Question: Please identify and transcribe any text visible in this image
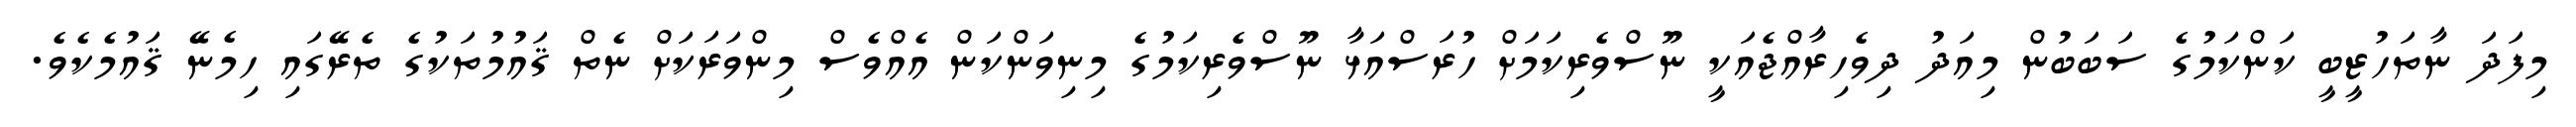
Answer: މިފަދަ ނާތަހުޒީބީ ކަންކަމުގެ ސަބަބުން މިއަދު ދިވެހިރާއްޖެއަކީ ނޫސްވެރިކަމަށް ހުރަސްއަޅާ ނޫސްވެރިކަމުގެ މިނިވަންކަން އެއްވެސް މިންވަރަކަށް ނެތް ޤައުމުތަކުގެ ތެރޭގައި ހިމެނޭ ޤައުމެކެވެ.